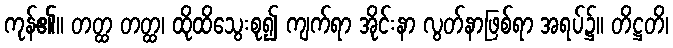
ကုန်၏။ တတ္ထ တတ္ထ၊ ထိုထိသွေးစု၍ ကျက်ရာ အိုင်းနာ လွတ်နာဖြစ်ရာ အရပ်၌။ တိဋ္ဌတိ၊